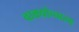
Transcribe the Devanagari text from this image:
वाक्योच्चारण